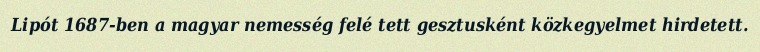
Lipót 1687-ben a magyar nemesség felé tett gesztusként közkegyelmet hirdetett.